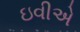
ઇવીએ